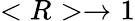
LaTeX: <R>\to 1